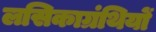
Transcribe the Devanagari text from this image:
लसिकाग्रंथियों